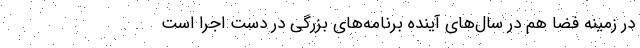
در زمینه فضا هم در سال‌های آینده برنامه‌های بزرگی در دست اجرا است